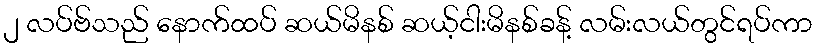
၂ လပ်ဗ်သည် နောက်ထပ် ဆယ်မိနစ် ဆယ့်ငါးမိနစ်ခန့် လမ်းလယ်တွင်ရပ်ကာ